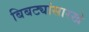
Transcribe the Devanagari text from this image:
बिबट्यांसारखे